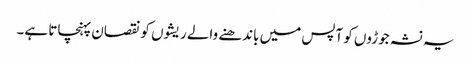
یہ نشہ جوڑوں کو آپس میں باندھنے والے ریشوں کو نقصان پہنچاتا ہے۔